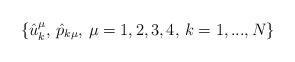
LaTeX: \begin{align*}\{\hat{u}^\mu_k,\,\hat{p}_{k\mu},\,\mu=1,2,3,4,\,k=1,...,N\} \end{align*}